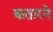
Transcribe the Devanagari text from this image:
कतारने